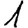
Digit: 1